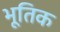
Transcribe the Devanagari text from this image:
भूतिक